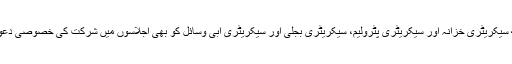
اس کے ساتھ ساتھ سیکریٹری خزانہ اور سیکریٹری پٹرولیم، سیکریٹری بجلی اور سیکریٹری آبی وسائل کو بھی اجلاسوں میں شرکت کی خصوصی دعوت دی جائے گی۔